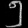
Digit: ၅